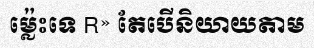
ម្ល៉េះទេ R» តែបើនិយាយតាម